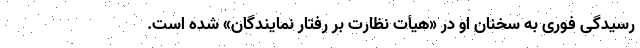
رسیدگی فوری به سخنان او در «هیأت نظارت بر رفتار نمایندگان» شده است.